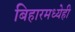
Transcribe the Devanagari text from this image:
बिहारमध्येही